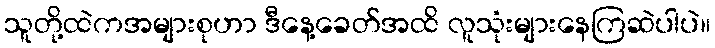
သူတို့ထဲကအများစုဟာ ဒီနေ့ခေတ်အထိ လူသုံးများနေကြဆဲပါပဲ။